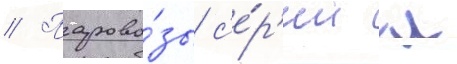
// Парово́зы с'е́р'ии л